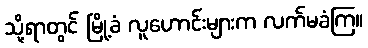
သို့ရာတွင် မြို့ခံ လူဟောင်းများက လက်မခံကြ။